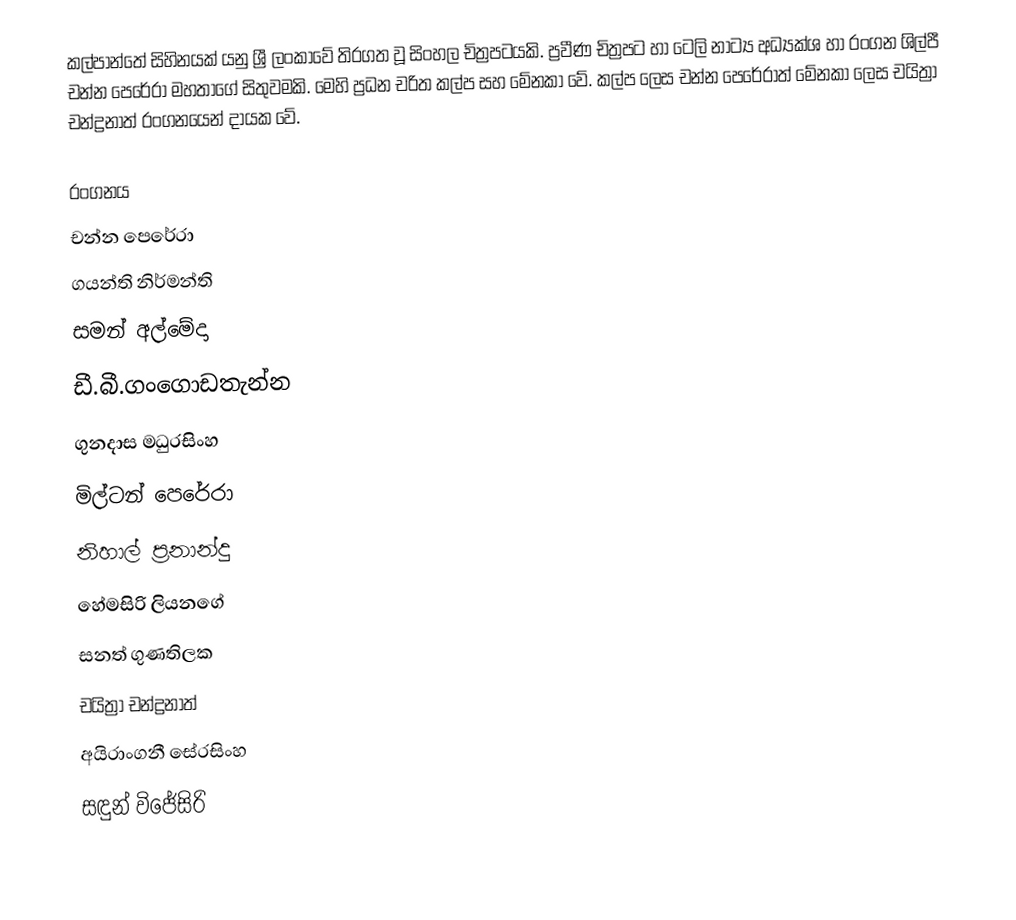
කල්පාන්තේ සිහිනයක් යනු ශ්‍රී ලංකාවේ තිරගත වූ සිංහල චිත්‍රපටයකි. ප්‍රවීණ චිත්‍රපට හා ටෙලි නාට්‍ය අධ්‍යක්ශ හා රංගන ශිල්පී චන්න පෙරේරා මහතාගේ සිතුවමකි. මෙහි ප්‍රධන චරිත කල්ප සහ මේනකා වේ. කල්ප ලෙස චන්න පෙරේරාත් මේනකා ලෙස චයිත්‍රා චන්ද්‍රනාත් රංගනයෙන් දායක වේ.

රංගනය
චන්න පෙරේරා
ගයන්ති නිර්මන්ති
සමන් අල්මේදා
ඩී.බී.ගංගොඩතැන්න
ගුනදාස මධුරසිංහ
මිල්ටන් පෙරේරා
නිහාල් ප්‍රනාන්දු
හේමසිරි ලියනගේ
සනත් ගුණතිලක
චයිත්‍රා චන්ද්‍රනාත්
අයිරාංගනී සේරසිංහ
සඳුන් විජේසිරි